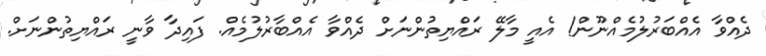
ދެއްވާ އެއްބަރުލުމެއްނޫން! އެއީ މާލޭ ރައްޔިތުންނަށް ދެއްވާ އެއްބާރުލުމެއް. ފައިދާ ވާނީ ރައްޔިތުންނަށް.